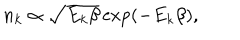
n _ { k } \propto \sqrt { E _ { k } \beta } \exp ( - E _ { k } \beta ) ,